Scottish Leaving Certificate Examination, 1952
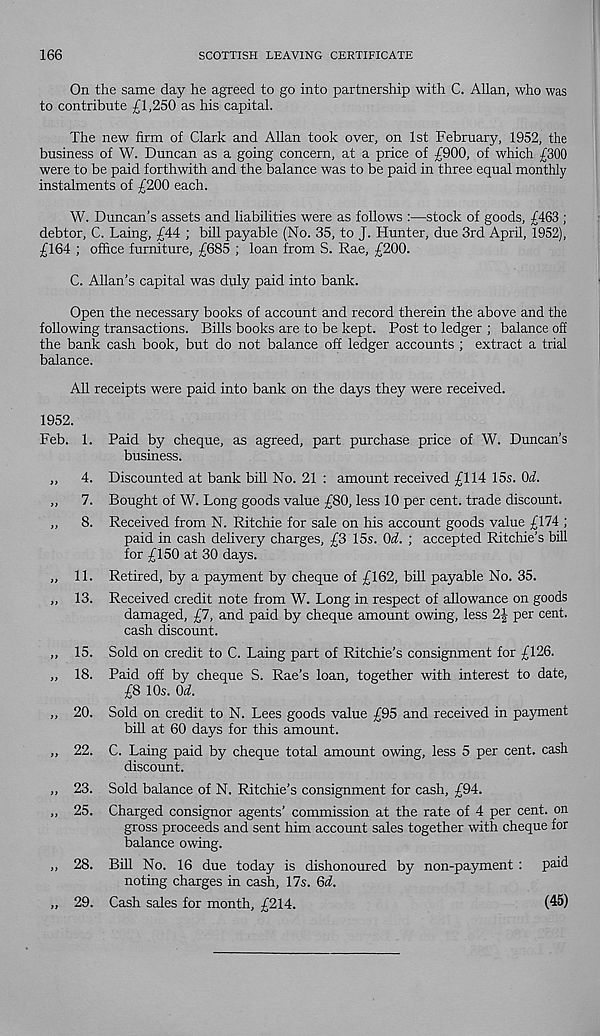
166
SCOTTISH LEAVING CERTIFICATE
On the same day he agreed to go into partnership with C. Allan, who was
to contribute £1,250 as his capital.
The new firm of Clark and Allan took over, on 1st February, 1952, the
business of W. Duncan as a going concern, at a price of £900, of which £300
were to be paid forthwith and the balance was to be paid in three equal monthly
instalments of £200 each.
W. Duncan’s assets and liabilities were as follows :—stock of goods, £463 ;
debtor, C. Laing, £44 ; bill payable (No. 35, to J. Hunter, due 3rd April, 1952),
£164 ; office furniture, £685 ; loan from S. Rae, £200.
C. Allan’s capital was duly paid into bank.
Open the necessary books of account and record therein the above and the
following transactions. Bills books are to be kept. Post to ledger ; balance off
the bank cash book, but do not balance off ledger accounts ; extract a trial
balance.
All receipts were paid into bank on the days they were received.
1952.
Feb. 1. Paid by cheque, as agreed, part purchase price of W. Duncan’s
business.
„ 4. Discounted at bank bill No. 21 : amount received £114 15s. Oil.
„ 7. Bought of W. Long goods value £80, less 10 per cent, trade discount.
,, 8. Received from N. Ritchie for sale on his account goods value £174 ;
paid in cash delivery charges, £3 15s. Od. ; accepted Ritchie’s bill
for £150 at 30 days.
„ 11. Retired, by a payment by cheque of £162, bill payable No. 35.
,, 13. Received credit note from W. Long in respect of allowance on goods
damaged, £7, and paid by cheque amount owing, less 2J per cent,
cash discount.
„ 15. Sold on credit to C. Laing part of Ritchie’s consignment for £126.
„ 18. Paid off by cheque S. Rae’s loan, together with interest to date,
£8 10s. Qd.
„ 20. Sold on credit to N. Lees goods value £95 and received in payment
bill at 60 days for this amount.
„ 22. C. Laing paid by cheque total amount owing, less 5 per cent, cash
discount.
„ 23. Sold balance of N. Ritchie’s consignment for cash, £94.
„ 25. Charged consignor agents’ commission at the rate of 4 per cent, on
gross proceeds and sent him account sales together with cheque for
balance owing.
„ 28. Bill No. 16 due today is dishonoured by non-payment : paid
noting charges in cash, 17s. Qd.
,, 29. Cash sales for month, £214.
(45)